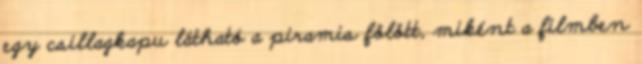
egy csillagkapu látható a piramis fölött, miként a filmben